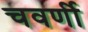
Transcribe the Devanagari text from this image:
चवर्णी